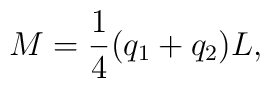
M={1\over 4}(q_{1} + q_{2})L \\,